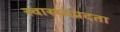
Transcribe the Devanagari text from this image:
स्वास्थ्यप्रदता